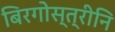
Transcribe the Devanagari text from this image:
बिरगोस्त्रीनि